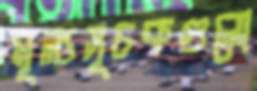
মূল্যসূচকগুলো